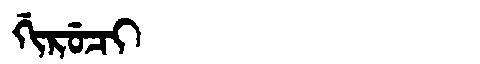
Manchu: ᡤᡳᡵᡠᠴᡳ
Romanization: GIRUCI